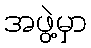
အဖွဲ့မှာ